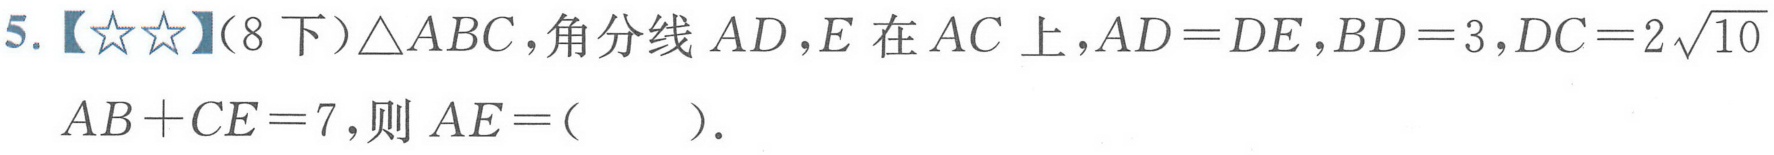
5.【★★】(8下)$\triangle ABC$，角分线$AD$，$E$在$AC$上，$AD = DE$，$BD = 3$，$DC = 2\sqrt{10}$，$AB + CE = 7$，则$AE = ($  ）.